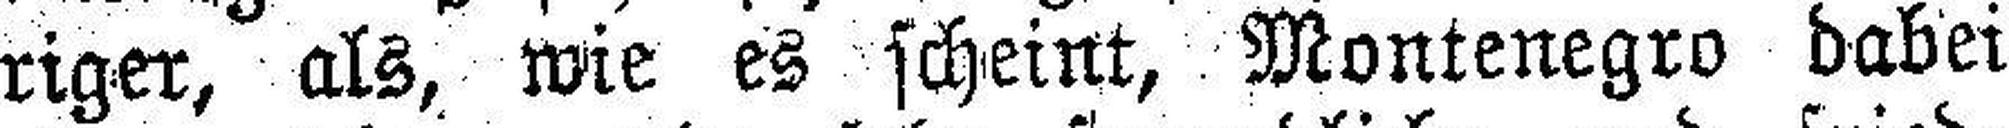
riger, als, wie es scheint, Montenegro dabei